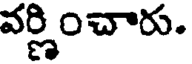
వర్ణించారు.